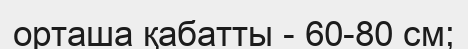
орташа қабатты - 60-80 см;